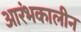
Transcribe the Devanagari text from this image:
आरंभकालीन